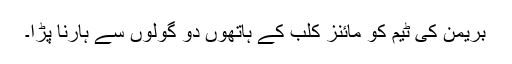
بریمن کی ٹیم کو مائنز کلب کے ہاتھوں دو گولوں سے ہارنا پڑا۔